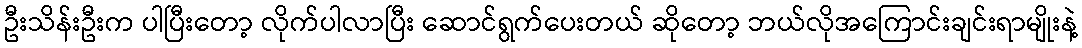
ဦးသိန်းဦးက ပါပြီးတော့ လိုက်ပါလာပြီး ဆောင်ရွက်ပေးတယ် ဆိုတော့ ဘယ်လိုအကြောင်းချင်းရာမျိုးနဲ့